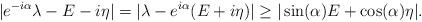
LaTeX: \begin{align*} | e^{ - i \alpha } \lambda - E - i \eta | & = | \lambda - e^{ i \alpha } ( E + i \eta) | \geq |\sin(\alpha) E + \cos(\alpha) \eta |.\end{align*}